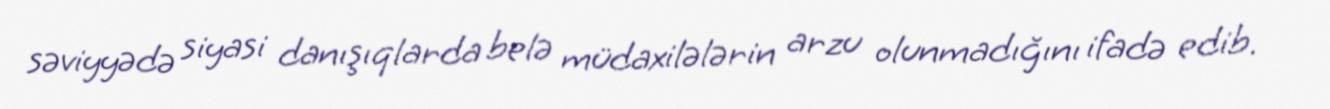
səviyyədə siyasi danışıqlarda belə müdaxilələrin arzu olunmadığını ifadə edib.